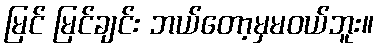
မြင် မြင်ချင်း ဘယ်တော့မှမဝယ်ဘူး။